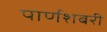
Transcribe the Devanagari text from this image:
पार्णशबरी